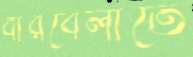
বারবেলাতে